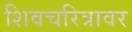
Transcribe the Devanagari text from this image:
शिवचरित्रावर